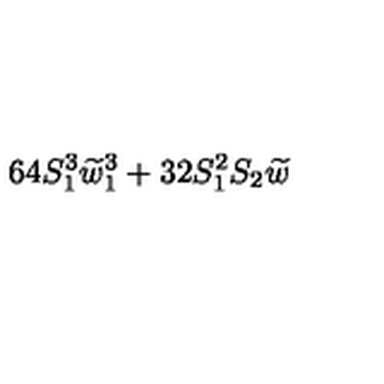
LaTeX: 6 4 S _ { 1 } ^ { 3 } \widetilde { w } _ { 1 } ^ { 3 } + 3 2 S _ { 1 } ^ { 2 } S _ { 2 } \widetilde { w }